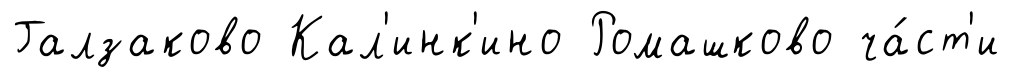
Галзаково Кал'инк'ино Ромашково ча́ст'и